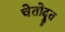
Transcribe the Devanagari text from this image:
चेतोदूत